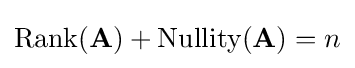
\operatorname {Rank} (\mathbf {A} )+\operatorname {Nullity} (\mathbf {A} )=n